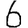
Digit: 6